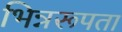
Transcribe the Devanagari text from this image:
भिन्नरूपता